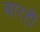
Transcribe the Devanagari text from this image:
बारहीं